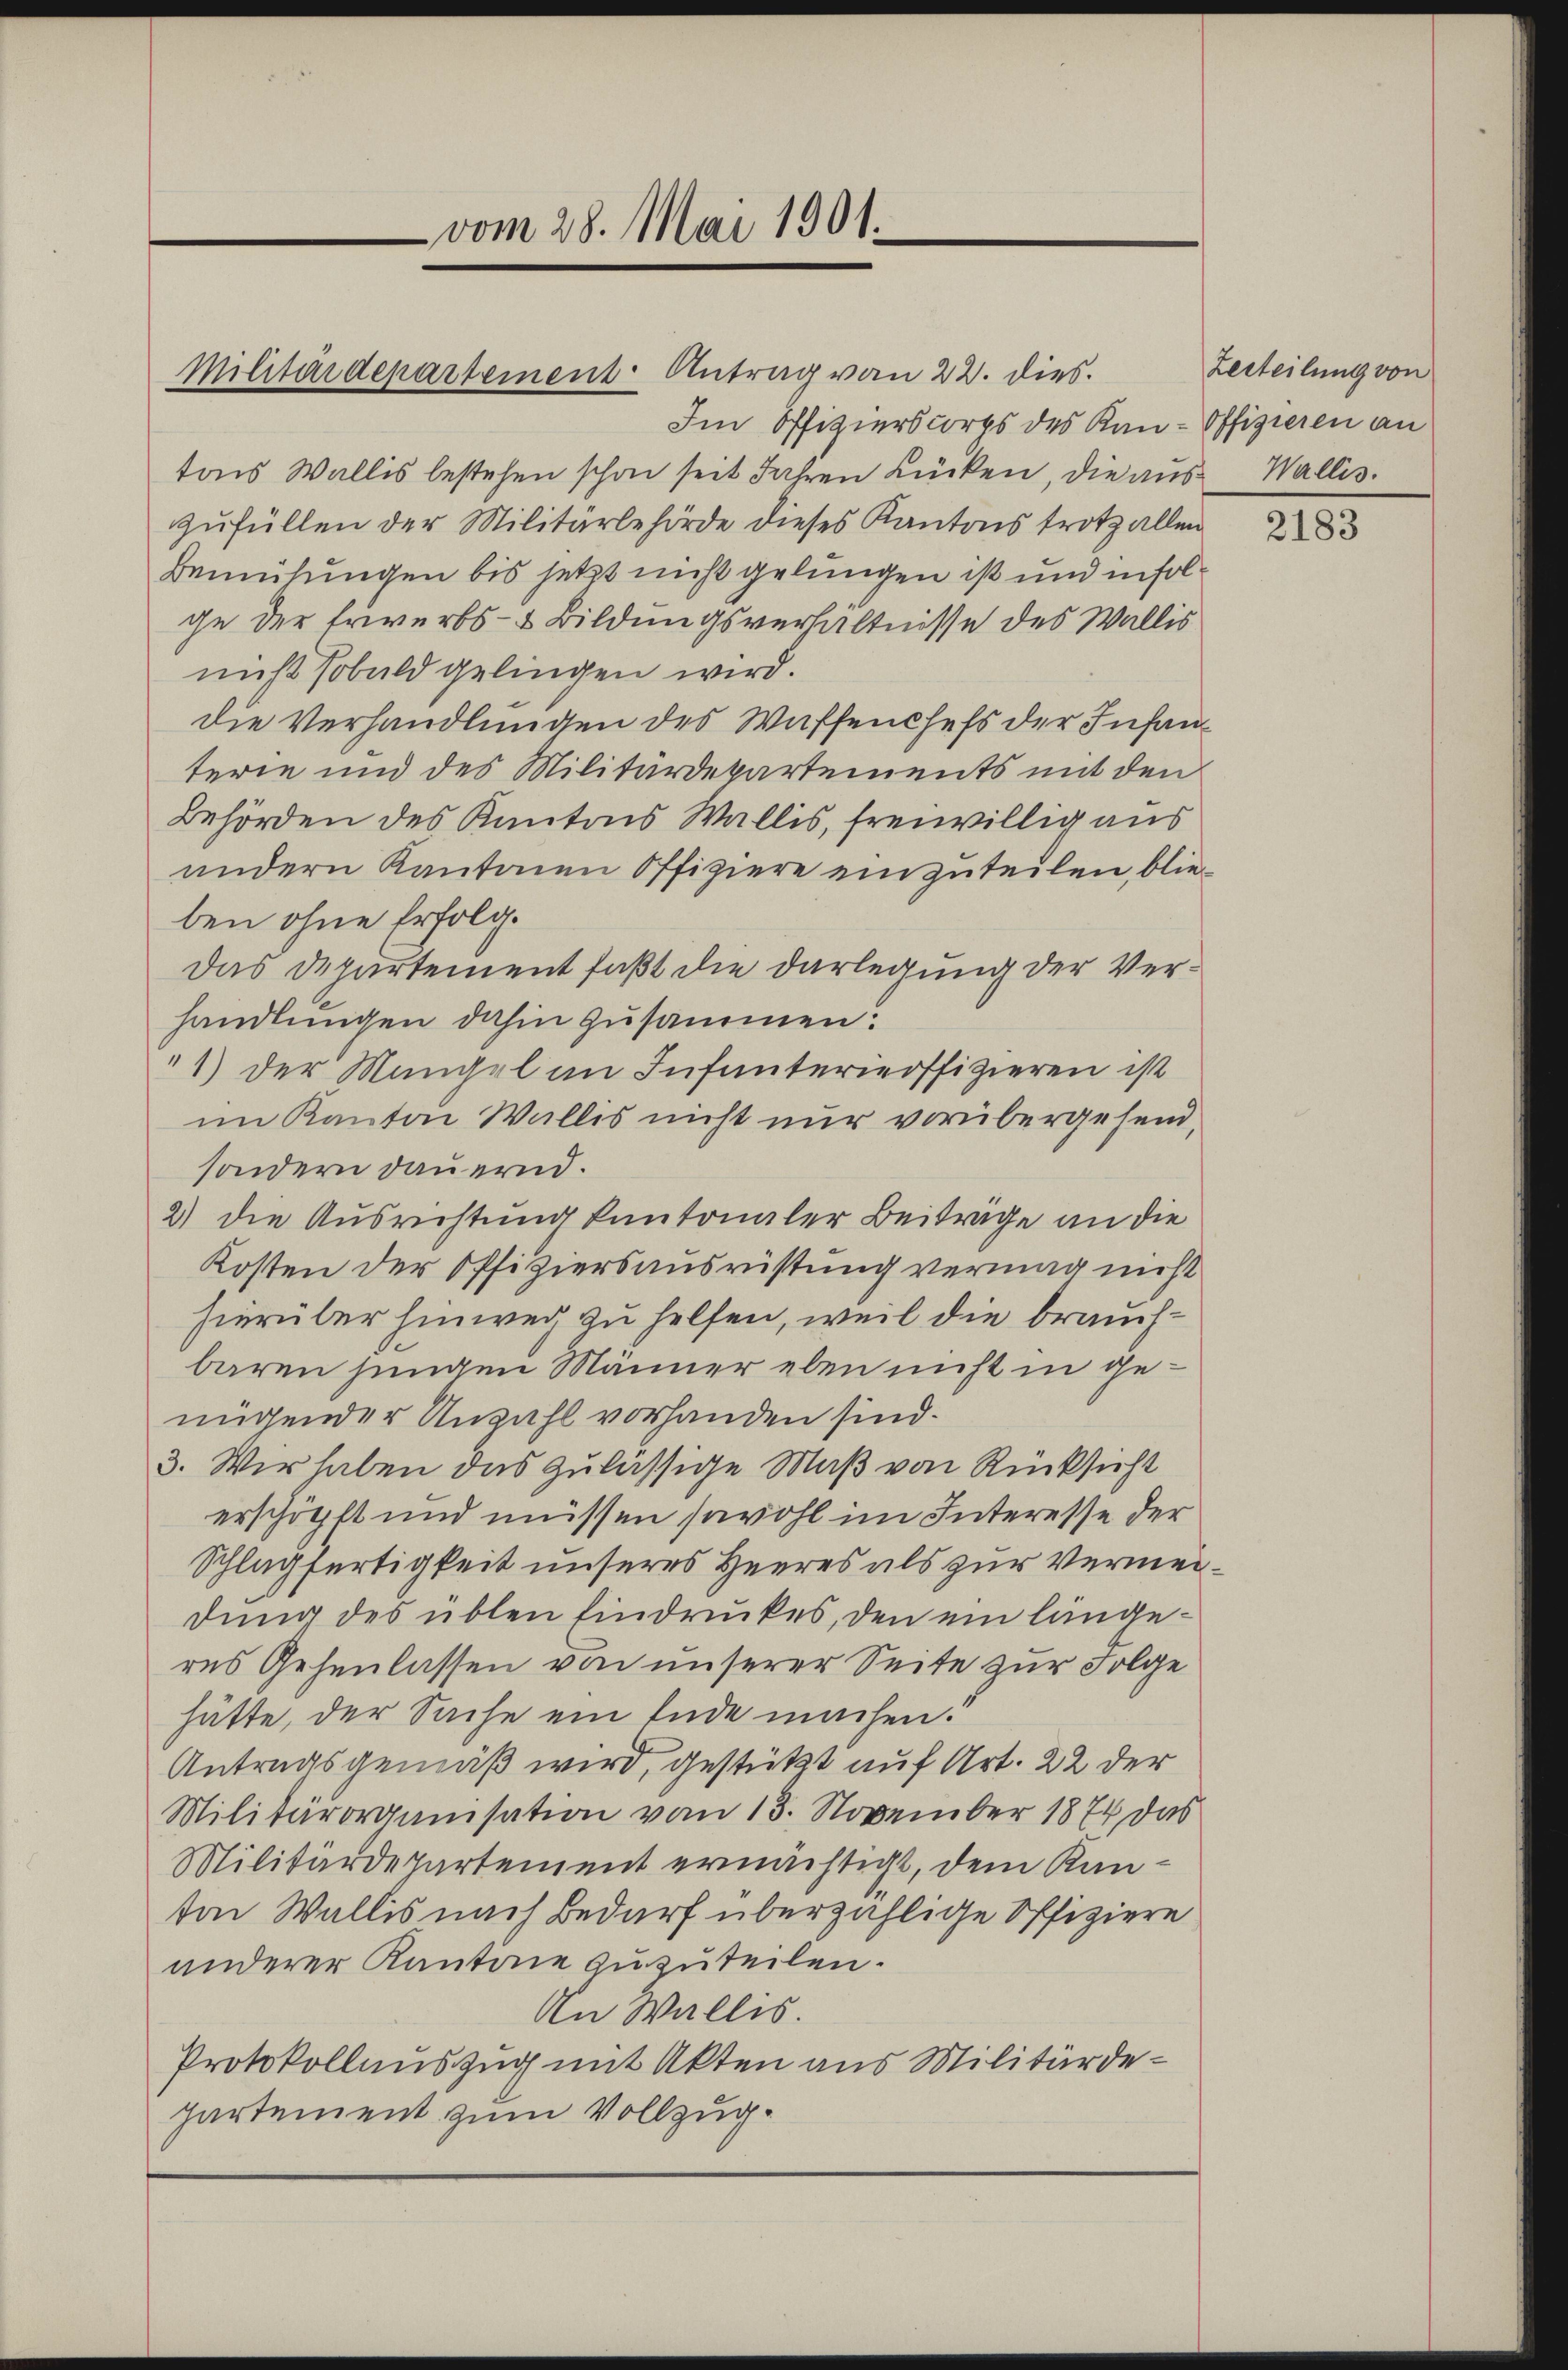
Im Offizierscorps des Kan-Offizieren an
tons Wallis bestehen schon seit Jahren Lücken, die aus Wallis.
zŭfüllen der Militärbehörde dieses Kantons trotz allen
Bemühungen bis jetzt nicht gelungen ist und infolge der Erwerbs- & Bildungsverhältnisse des Wallis
nicht sobald gelingen wird.
die Verhandlungen des Waffenchefs der Infanterie und des Militärdepartements mit den
Behörden des Kantons Wallis, freiwillig aus
andern Kantonen Offiziere einzuteilen, blieben ohne Erfolg.
Das Departement faßt die Darlegung der Verhandlungen dahin zusammen.
"1) der Mangel an Infanterieoffizieren ist
im Kanton Wallis nicht nur vorübergehend,
sondern dauernd.
2) die Ausrichtung kantonaler Beiträge an die
Kosten der Offiziersausrüstung vermag nicht
hierüber hinweg zu helfen, weil die brauchbaren jungen Männer eben nicht in genügender Anzahl vorhanden sind.
3. Wir haben das zulässige Maß von Rücksicht
erschöpft und müssen sowohl im Interesse der
Schlagfertigkeit unseres Heeres als zur Vermeidung des üblen Eindruckes, den ein längeres Gehenlassen von unserer Seite zur Folge
hätte, der Sache ein Ende machen.
Antragsgemäß wird, gestützt auf Art. 22 der
Militärorganisation vom 13. November 1874 das
Militärdepartement ermächtigt, dem Kanten Wallis nach Bedarf überzählige Offiziere
anderer Kantone zuzuteilen.
An Wallis.
Protokollauszug mit Akten aus Militärdepartement zum Vollzug¬

Militärdepartement Antrag von 22. dies.

vom 28. Mai 1901.

Zerteilung von

2183